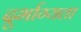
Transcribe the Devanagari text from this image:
दुर्भाग्यता